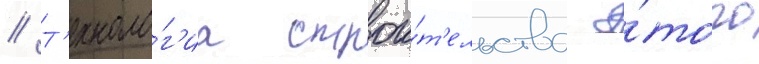
// Т'ехноло́г'иа строи́т'ельства э́того